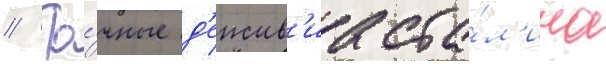
// То́чные д'еиств'иа ста́л'ина